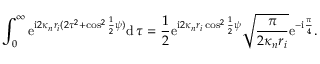
\int _ { 0 } ^ { \infty } \mathrm { e } ^ { \mathrm { i } 2 \kappa _ { n } r _ { i } ( 2 \tau ^ { 2 } + \cos ^ { 2 } \frac { 1 } { 2 } \psi ) } \mathrm { d } \, \tau = \frac { 1 } { 2 } \mathrm { e } ^ { \mathrm { i } 2 \kappa _ { n } r _ { i } \cos ^ { 2 } \frac { 1 } { 2 } \psi } \sqrt { \frac { \pi } { 2 \kappa _ { n } r _ { i } } } \mathrm { e } ^ { - \mathrm { i } \frac { \pi } { 4 } } .